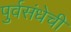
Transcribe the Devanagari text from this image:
पुर्वसंधेची